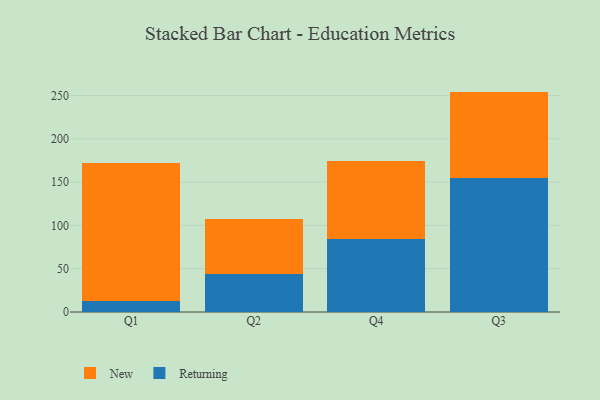
{"axis": {"x": "Quarter", "y": "Revenue (USD Million)"}, "legend": ["New", "Returning"], "data": [{"x": "Q1", "y": 12.4, "type": "Returning"}, {"x": "Q1", "y": 159.5, "type": "New"}, {"x": "Q2", "y": 43.7, "type": "Returning"}, {"x": "Q2", "y": 63.2, "type": "New"}, {"x": "Q4", "y": 84.2, "type": "Returning"}, {"x": "Q4", "y": 89.7, "type": "New"}, {"x": "Q3", "y": 155.2, "type": "Returning"}, {"x": "Q3", "y": 99.3, "type": "New"}]}